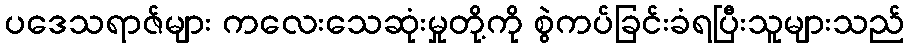
ပဒေသရာဇ်များ ကလေးသေဆုံးမှုတို့ကို စွဲကပ်ခြင်းခံရပြီးသူများသည်